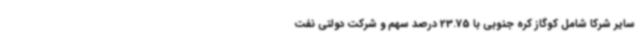
سایر شرکا شامل کوگاز کره جنوبی با 23.75 درصد سهم و شرکت دولتی نفت